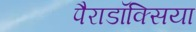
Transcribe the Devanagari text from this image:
पैराडॉक्सिया